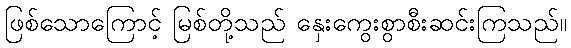
ဖြစ်သောကြောင့် မြစ်တို့သည် နှေးကွေးစွာစီးဆင်းကြသည်။